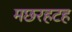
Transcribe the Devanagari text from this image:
मछरहटह